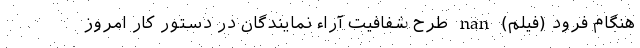
هنگام فرود (فیلم) nan طرح شفافیت آراء نمایندگان در دستور کار امروز